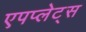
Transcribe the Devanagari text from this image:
एपप्लेट्स